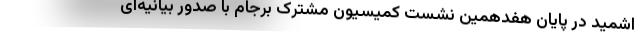
اشمید در پایان هفدهمین نشست کمیسیون مشترک برجام با صدور بیانیه‌ای